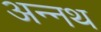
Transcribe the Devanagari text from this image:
अन्नथ